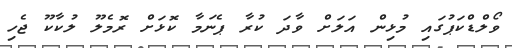
ވޯލްޑްކަޕުގައި މުޅިން އަލަށް ވާދަ ކުރާ ޕެނަމާ ކޮޅަށް ރޮމެލޫ ލުކާކޫ ޖެހި